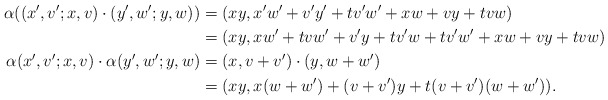
\begin{align*}\alpha ((x',v';x,v) \cdot (y',w';y,w)) & =(xy, x'w' + v'y' + t v'w' + xw+vy+tvw) \cr& =(xy, xw' + tvw' + v'y + tv' w + t v'w' + xw+vy+tvw) \cr\alpha (x',v';x,v) \cdot \alpha (y',w';y,w) & =(x,v+v') \cdot (y,w + w') \cr& = (xy, x (w+w') + (v+v') y + t (v+v') (w+w')) .\end{align*}